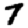
Digit: 7